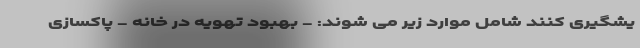
یشگیری کنند شامل موارد زیر می شوند: - بهبود تهویه در خانه - پاکسازی